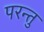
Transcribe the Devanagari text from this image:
परन्तु